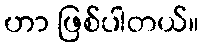
ဟာ ဖြစ်ပါတယ်။